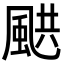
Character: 𩗄